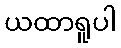
ယထာရူပါ